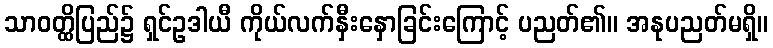
သာဝတ္ထိပြည်၌ ရှင်ဥဒါယီ ကိုယ်လက်နှီးနှောခြင်းကြောင့် ပညတ်၏။ အနုပညတ်မရှိ။